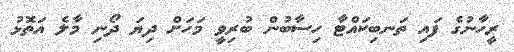
ރީހާނުގެ ފައި ތަނބިކައްޓާ ހިސާބުން ބުރިވީ މަހަށް ދިޔަ ދޯނި މާލެ އަތޮޅު